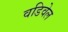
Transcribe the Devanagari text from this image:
वडिवेल